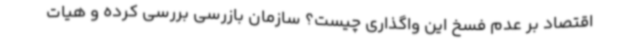
اقتصاد بر عدم فسخ این واگذاری چیست؟ سازمان بازرسی بررسی کرده و هیات